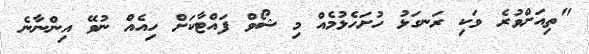
"ތިއަށްވުރެ ވަކި ރަނގަޅު ހުށަހެޅުމެއް މި ޝޯވް ފައްޓާކަށް ހިއެއް ނުވޭ އިންނާނެ